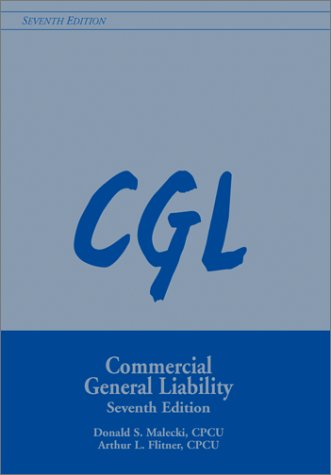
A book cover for Cgl Commercial General Liability; Donald S. Malecki; Business & Money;